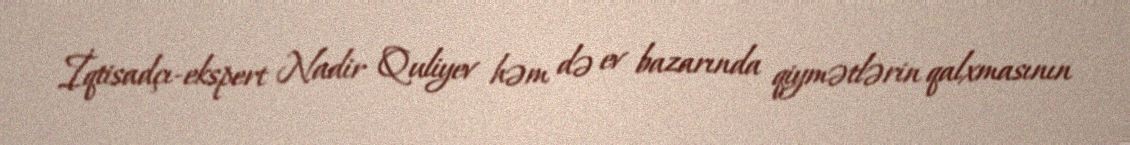
İqtisadçı-ekspert Nadir Quliyev həm də ev bazarında qiymətlərin qalxmasının